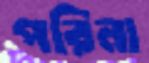
পরিনা